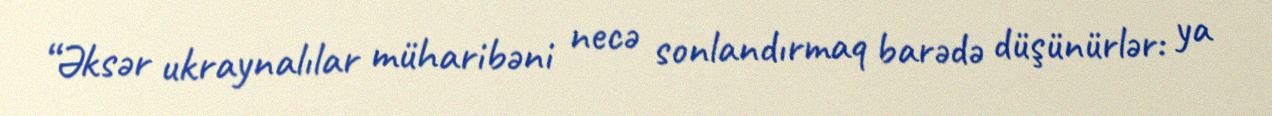
“Əksər ukraynalılar müharibəni necə sonlandırmaq barədə düşünürlər: ya